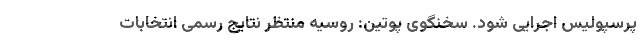
پرسپولیس اجرایی شود. سخنگوی پوتین: روسیه منتظر نتایج رسمی انتخابات